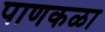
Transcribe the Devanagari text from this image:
पाणकळा